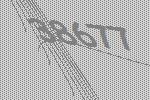
38677